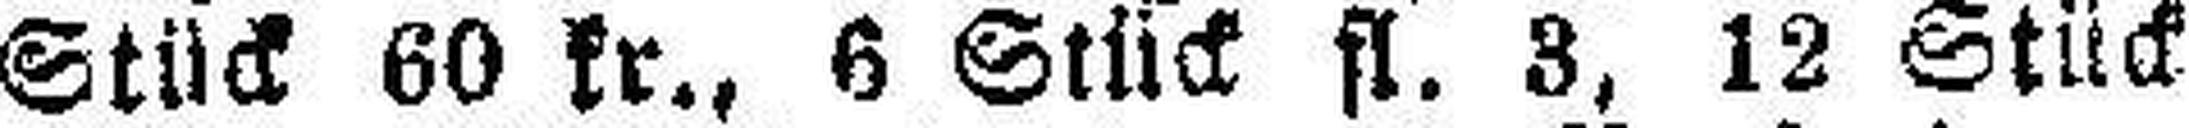
Stück 60 kr., 6 Stück fl. 3, 12 Stück